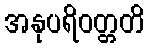
အနုပရိဝတ္တတိ